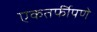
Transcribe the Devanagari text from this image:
एकतर्फीपणे